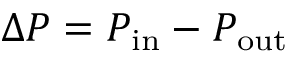
\Delta P = P _ { \mathrm { i n } } - P _ { \mathrm { o u t } }